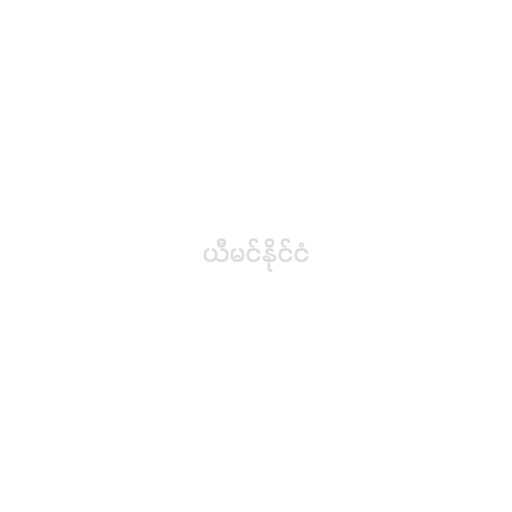
ယီမင်နိုင်ငံ